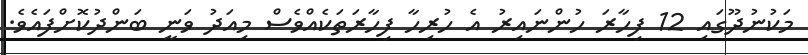
މަކުުނުދޫގައި 12 ފިހާރަ ހުންނައިރު އެ ހުރިހާ ފިހާރަތަކެއްވެސް މިއަދު ވަނީ ބަންދުކޮށްފައެވެ.